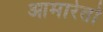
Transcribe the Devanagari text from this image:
आमारेतो